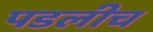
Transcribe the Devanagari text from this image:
पडलीच